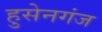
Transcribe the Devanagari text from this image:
हुसेनगंज